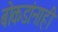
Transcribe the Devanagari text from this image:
बोकडांनाही